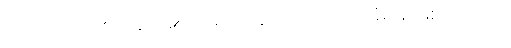
၁၀၀၀၀၀(တစ်သိန်း)အထိ အလုပ်ရှင်ပါ အရေးယူခံရမှာဖြစ် တယ်လို